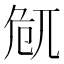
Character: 𠨜